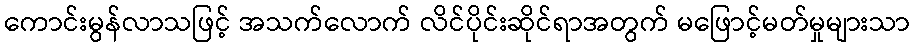
ကောင်းမွန်လာသဖြင့် အသက်လောက် လိင်ပိုင်းဆိုင်ရာအတွက် မဖြောင့်မတ်မှုများသာ